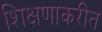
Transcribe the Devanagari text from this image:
शिक्षणाकरीत